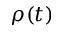
\rho ( t )